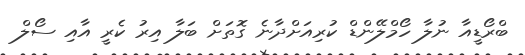
ބްރޯޑީއާ ނުލާ ހޯމްލޭންޑް ކުރިއަށްދާނެ ގޮތަށް ބަލާ އިރު ކެރީ އާއި ސޯލް